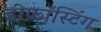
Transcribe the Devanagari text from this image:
डीफ्रॉस्टिंग